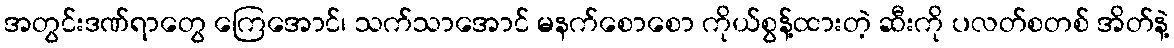
အတွင်းဒဏ်ရာတွေ ကြေအောင်၊ သက်သာအောင် မနက်စောစော ကိုယ်စွန့်ထားတဲ့ ဆီးကို ပလတ်စတစ် အိတ်နဲ့